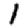
Digit: 1